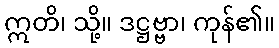
ဣတိ၊ သို့။ ဒဋ္ဌဗ္ဗာ၊ ကုန်၏။